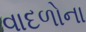
વાદળોના